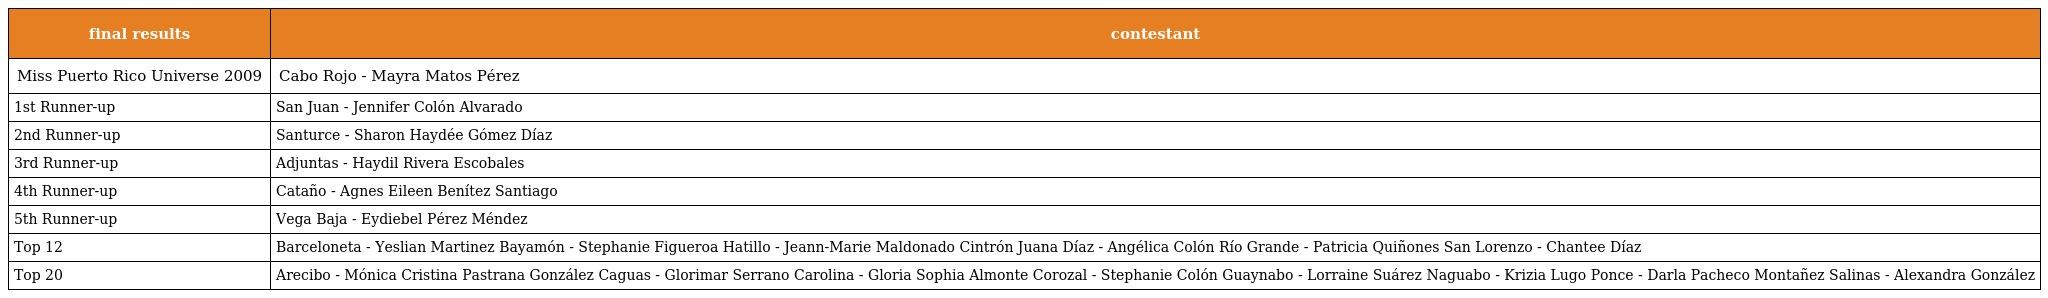
| final results | contestant |
 | --- | --- |
 | Miss Puerto Rico Universe 2009 | Cabo Rojo - Mayra Matos Pérez |
 | 1st Runner-up | San Juan - Jennifer Colón Alvarado |
 | 2nd Runner-up | Santurce - Sharon Haydée Gómez Díaz |
 | 3rd Runner-up | Adjuntas - Haydil Rivera Escobales |
 | 4th Runner-up | Cataño - Agnes Eileen Benítez Santiago |
 | 5th Runner-up | Vega Baja - Eydiebel Pérez Méndez |
 | Top 12 | Barceloneta - Yeslian Martinez Bayamón - Stephanie Figueroa Hatillo - Jeann-Marie Maldonado Cintrón Juana Díaz - Angélica Colón Río Grande - Patricia Quiñones San Lorenzo - Chantee Díaz |
 | Top 20 | Arecibo - Mónica Cristina Pastrana González Caguas - Glorimar Serrano Carolina - Gloria Sophia Almonte Corozal - Stephanie Colón Guaynabo - Lorraine Suárez Naguabo - Krizia Lugo Ponce - Darla Pacheco Montañez Salinas - Alexandra González |